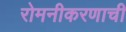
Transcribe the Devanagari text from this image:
रोमनीकरणाची